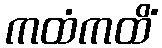
ကထံကထိံ